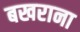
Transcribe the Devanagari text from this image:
बखराना